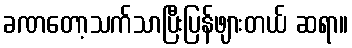
ခဏတော့သက်သာပြီးပြန်ဖျားတယ် ဆရာ။